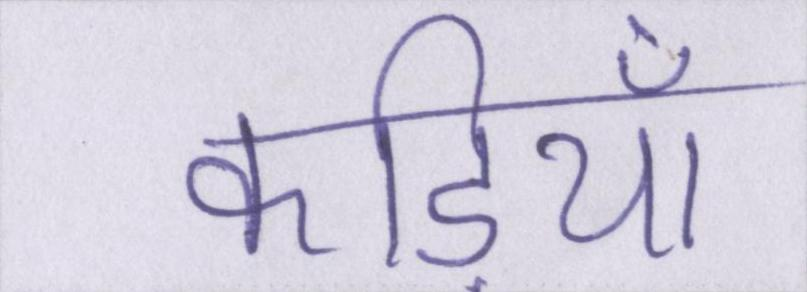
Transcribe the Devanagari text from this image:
कड़ियाँ